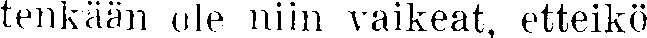
tenkään ole niin vaikeat, etteikö